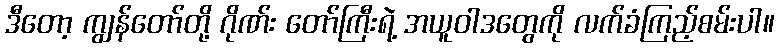
ဒီတော့ ကျွန်တော်တို့ ဂိုဏ်း တော်ကြီးရဲ့ အယူဝါဒတွေကို လက်ခံကြည့်စမ်းပါ။